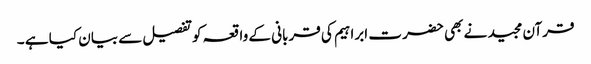
قرآن مجید نے بھی حضر ت ابراہیم کی قربانی کے واقعہ کوتفصیل سے بیان کیا ہے ۔